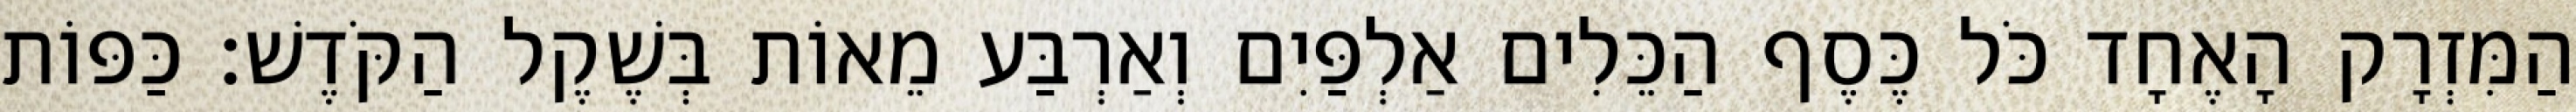
הַמִּזְרָק הָאֶחָד כֹּל כֶּסֶף הַכֵּלִים אַלְפַּיִם וְאַרְבַּע מֵאוֹת בְּשֶׁקֶל הַקֹּדֶשׁ׃ כַּפּוֹת